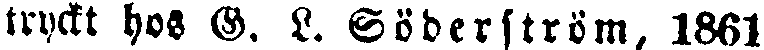
tryckt hos G. L. Söderström, 1861.